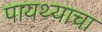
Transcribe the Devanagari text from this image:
पायथ्याचा